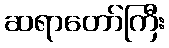
ဆရာတော်ကြီး